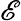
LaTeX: \mathscr{E}